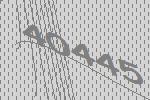
40445